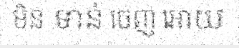
មិន ទាន់ ចេញ អោយ